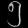
Digit: ၅